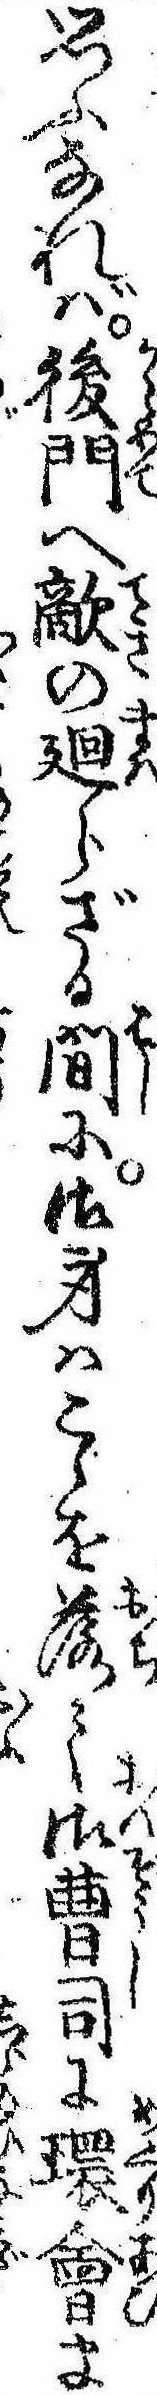
思ふなれば後門へ敵の廻らざる間に御身はこゝを落て御曹司に環会ま